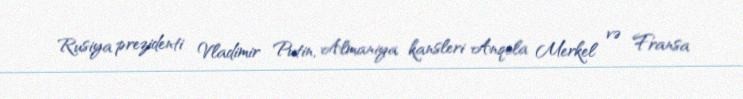
Rusiya prezidenti Vladimir Putin, Almaniya kansleri Anqela Merkel və Fransa